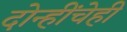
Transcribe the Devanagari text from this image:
दोन्हींचेही